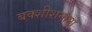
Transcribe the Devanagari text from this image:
बक्शीशनामा